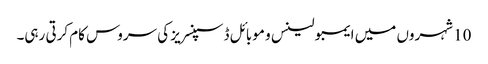
10 شہروں میں ایمبولینس و موبائل ڈسپنسریز کی سروس کام کرتی رہی۔